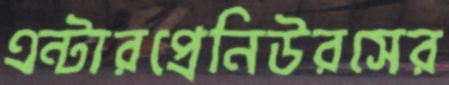
এন্টারপ্রেনিউরসের